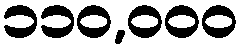
၁၁၀,၀၀၀